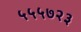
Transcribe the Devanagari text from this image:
५५५७२३